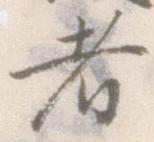
者